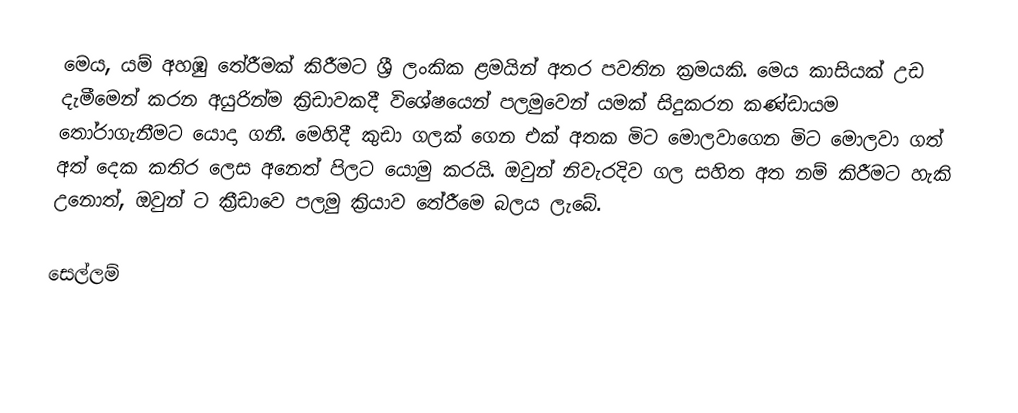
මෙය, යම් අහඹු තේරීමක් කිරීමට ශ්‍රී ලංකික ළමයින් අතර පවතින ක්‍රමයකි. මෙය කාසියක් උඩ දැමීමෙන් කරන අයුරින්ම ක්‍රිඩාවකදී විශේෂයෙන් පලමුවෙන් යමක් සිදුකරන කණ්ඩායම තෝරාගැනීමට යොදා ගනී. මෙහිදී කුඩා ගලක් ගෙන එක් අතක මිට මොලවාගෙන මිට මොලවා ගත් අත් දෙක කතිර ලෙස අනෙත් පිලට යොමු කරයි. ඔවුන් නිවැරදිව ගල සහිත අත නම් කිරීමට හැකි උනොත්, ඔවුන් ට ක්‍රීඩාවෙ පලමු ක්‍රියාව තේරීමෙ බලය ලැබේ.

සෙල්ලම්